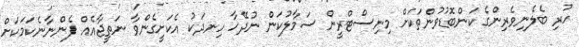
ހުރި ބެލެނިވެރިންގެ ކަންބޮޑުވުންތަކަށް މިނިސްޓްރީން ސަމާލުކަން ނުދޭހާ ހިނދަކު އެކަށީގެންވާ ނަތީޖާއެއް ފެންނާނެކަމަކަށް